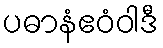
ပဓာနံဧဝံဝါဒီ